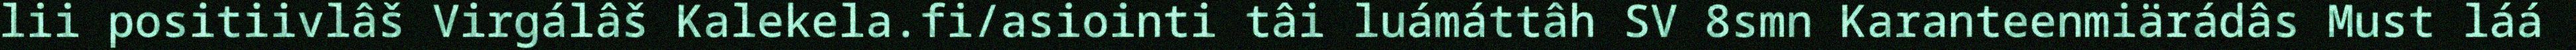
lii positiivlâš Virgálâš Kalekela.fi/asiointi tâi luámáttâh SV 8smn Karanteenmiärádâs Must láá